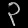
Digit: ၃